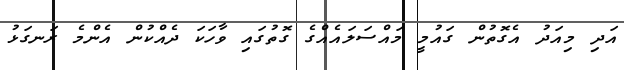
އަދި މިއަދު އެގޮތުން ގައުމީ މައްސަލައެއްގެ ގޮތުގައި ވާހަކަ ދެއްކުން އެންމެ ރަނގަޅު